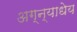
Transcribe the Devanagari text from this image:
अग्न्याधेय